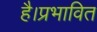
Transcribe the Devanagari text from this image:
है।प्रभावित